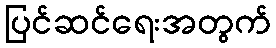
ပြင်ဆင်ရေးအတွက်